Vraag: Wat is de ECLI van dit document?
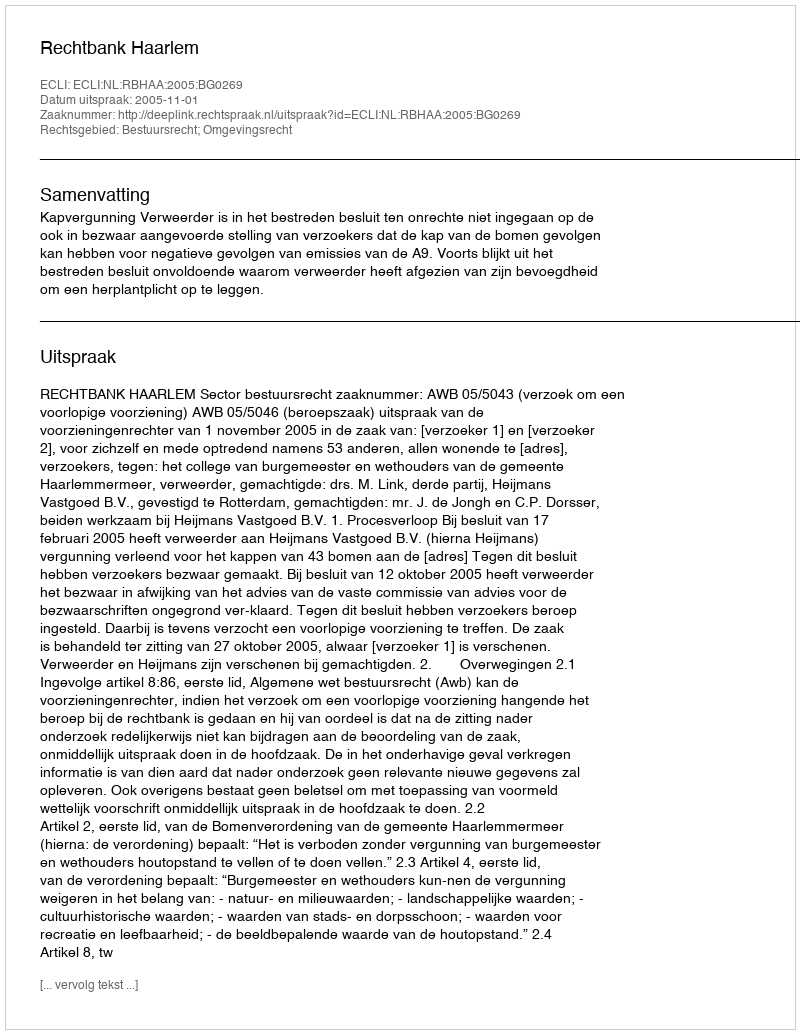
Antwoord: ECLI:NL:RBHAA:2005:BG0269